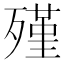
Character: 殣